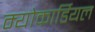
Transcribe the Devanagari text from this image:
म्योकार्डियल